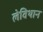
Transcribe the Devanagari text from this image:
लेविथान